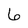
Character: 6